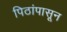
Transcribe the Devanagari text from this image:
पिठांपासून